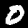
Digit: 0